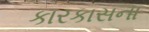
કારકાસના